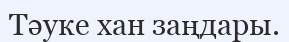
Тәуке хан заңдары.